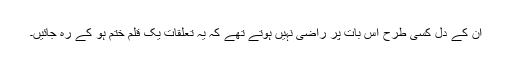
ان کے دل کسی طرح اس بات پر راضی نہیں ہوتے تھے کہ یہ تعلقات یک قلم ختم ہو کے رہ جائیں۔